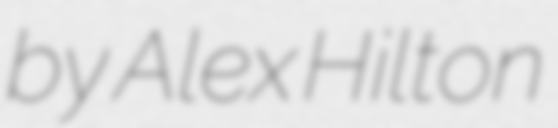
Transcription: by Alex Hilton